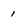
Character: 1